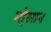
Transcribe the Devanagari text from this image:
गो्लान